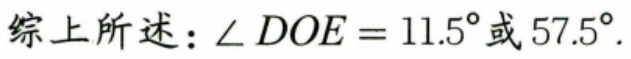
综上所述：\(\angle DOE = 11.5^{\circ}\)或\(57.5^{\circ}\).